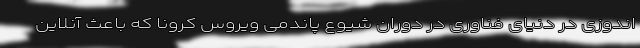
اندوزی در دنیای فناوری در دوران شیوع پاندمی ویروس کرونا که باعث آنلاین